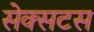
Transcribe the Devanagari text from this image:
सेक्सटस